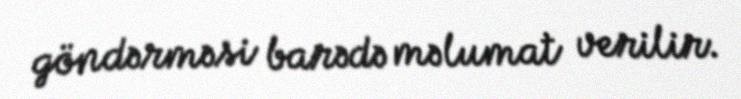
göndərməsi barədə məlumat verilir.